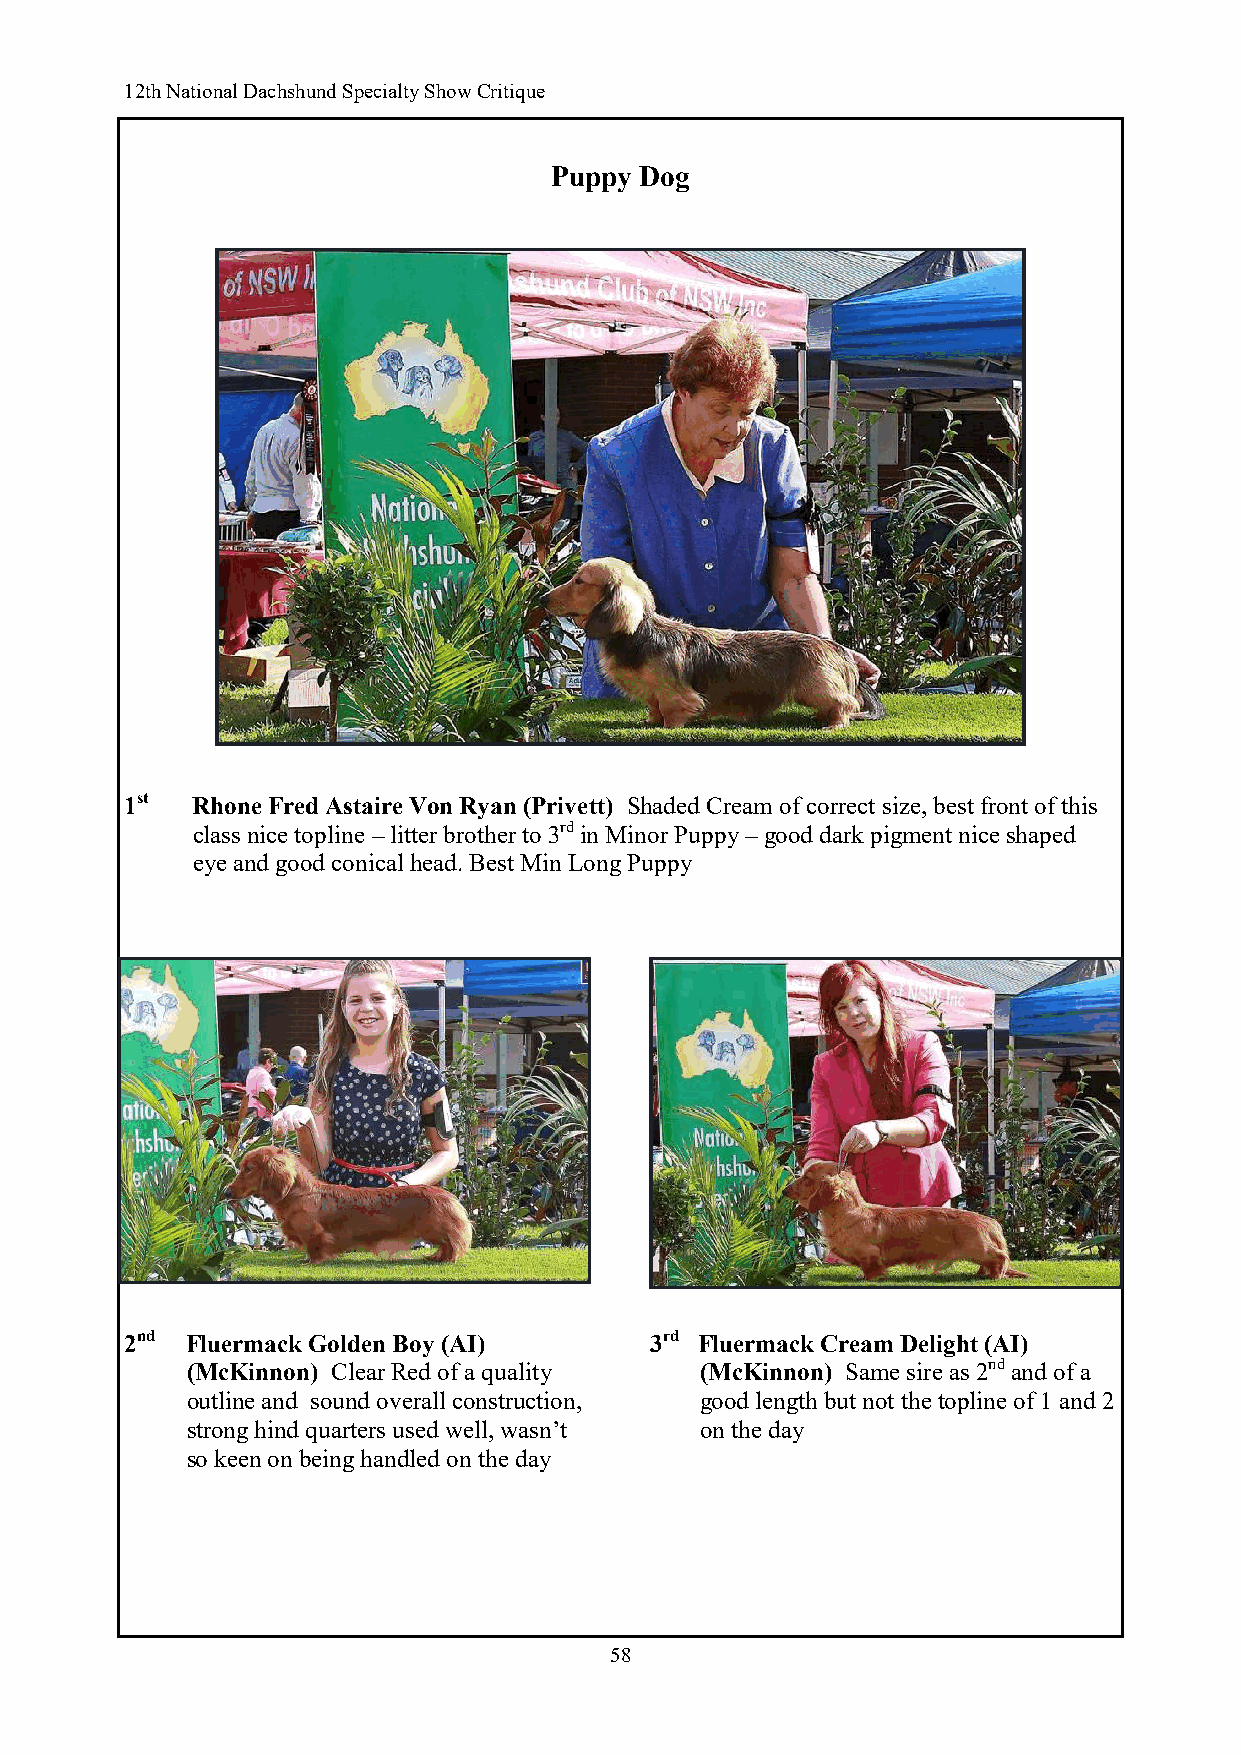
12th National Dachshund Specialty Show Critique
 Puppy Dog
 1st  Rhone Fred Astaire Von Ryan (Privett) Shaded Cream of correct size, best front of this
 class nice topline – litter brother to 3rd in Minor Puppy – good dark pigment nice shaped
 eye and good conical head. Best Min Long Puppy
 2nd Fluermack Golden Boy (AI)      3rd Fluermack Cream Delight (AI)
 (McKinnon) Clear Red of a quality (McKinnon) Same sire as 2nd and of a
 outline and sound overall construction, good length but not the topline of 1 and 2
 strong hind quarters used well, wasn’t on the day
 so keen on being handled on the day
 58